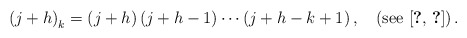
\begin{align*}\left(j+h\right)_{k}=\left(j+h\right)\left(j+h-1\right)\cdots\left(j+h-k+1\right),\quad\left(\mbox{see \cite{key-4,key-13}}\right).\end{align*}